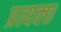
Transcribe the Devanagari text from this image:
प्रत्यक्छ